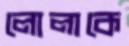
লোলাকে